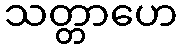
သတ္တာဟေ